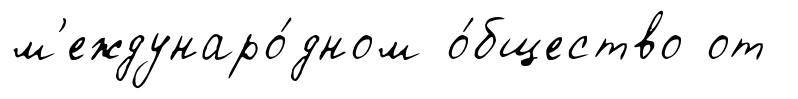
м'еждунаро́дном о́бщество от